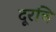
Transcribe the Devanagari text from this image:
दूरचि